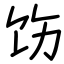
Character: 饬